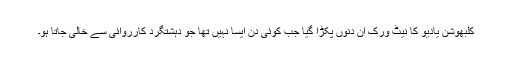
کلبھوشن یادیو کا نیٹ ورک اُن دنوں پکڑا گیا جب کوئی دن ایسا نہیں تھا جو دہشتگرد کارروائی سے خالی جاتا ہو۔